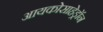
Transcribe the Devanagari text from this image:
आयकोसाहेड्रॉन